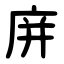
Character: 庰